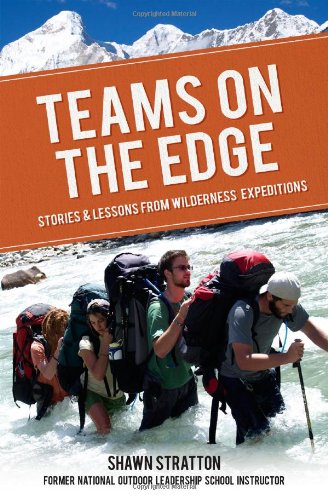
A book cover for Teams on the Edge; Shawn Stratton; Sports & Outdoors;